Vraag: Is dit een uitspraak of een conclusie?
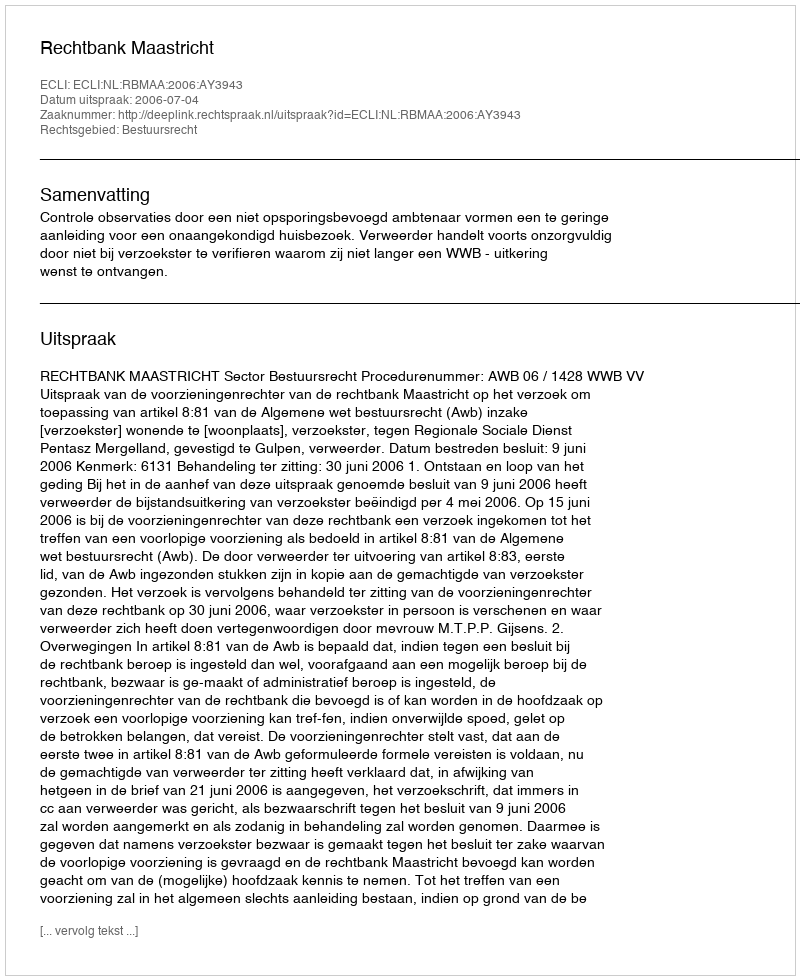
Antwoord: Uitspraak